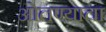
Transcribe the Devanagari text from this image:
ओतण्याचा